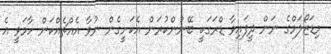
މިޑަޒޯލަމްގެ ނަން ދީފައިވާ ޑްރަގަކީ ބޭނުންކުރަން އެކަށީގެން ނުވާ އެއްޗެއްކަން ހާމަވީ އެ